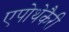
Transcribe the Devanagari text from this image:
एपोथेकैरी